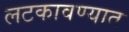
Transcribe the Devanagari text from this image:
लटकावण्यात